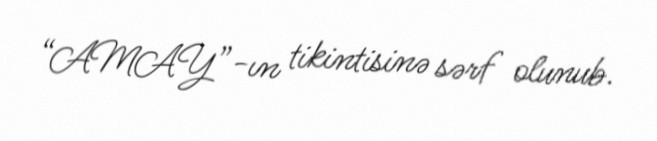
“AMAY”-ın tikintisinə sərf olunub.